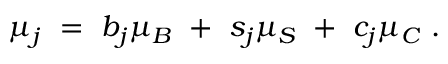
\mu _ { j } ~ = ~ b _ { j } \mu _ { B } ~ + ~ s _ { j } \mu _ { S } ~ + ~ c _ { j } \mu _ { C } ~ .